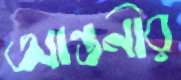
আন্তনীর